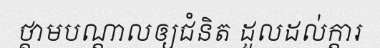
ថ្គាមបណ្តាលឲ្យជំនិត ដួលដល់ក្តារ